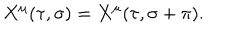
LaTeX: X ^ { \mu } ( \tau , \sigma ) = X ^ { \mu } ( \tau , \sigma + \pi ) .